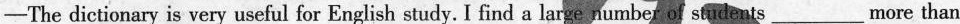
-The dictionary is very useful for English study. I find a large number of students___more than